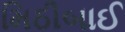
મિઠીબાઈ